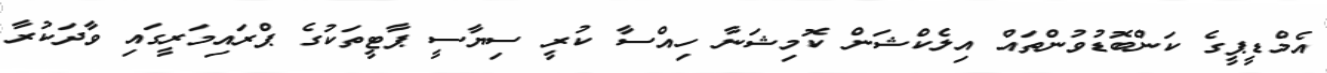
އެމްޑީޕީގެ ކަންބޮޑުވުންތައް އިލެކްޝަން ކޮމިޝަނާ ހިއްސާ ކުރީ ސިޔާސީ ޕާޓީތަކުގެ ޕްރައިމަރީގައި ވާދަކުރާ